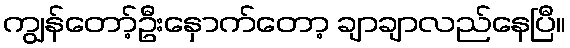
ကျွန်တော့်ဦးနှောက်တော့ ချာချာလည်နေပြီ။